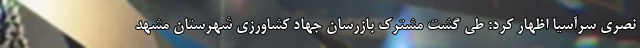
نصری سرآسیا اظهار کرد: طی گشت مشترک بازرسان جهاد کشاورزی شهرستان مشهد